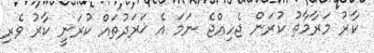
ކާރު މަރާމާތު ކުރަން ޖެހިއްޖެ ނަމަ އެ ޚަރަދުތައް ކުރަނީ ކާރު ވެރި